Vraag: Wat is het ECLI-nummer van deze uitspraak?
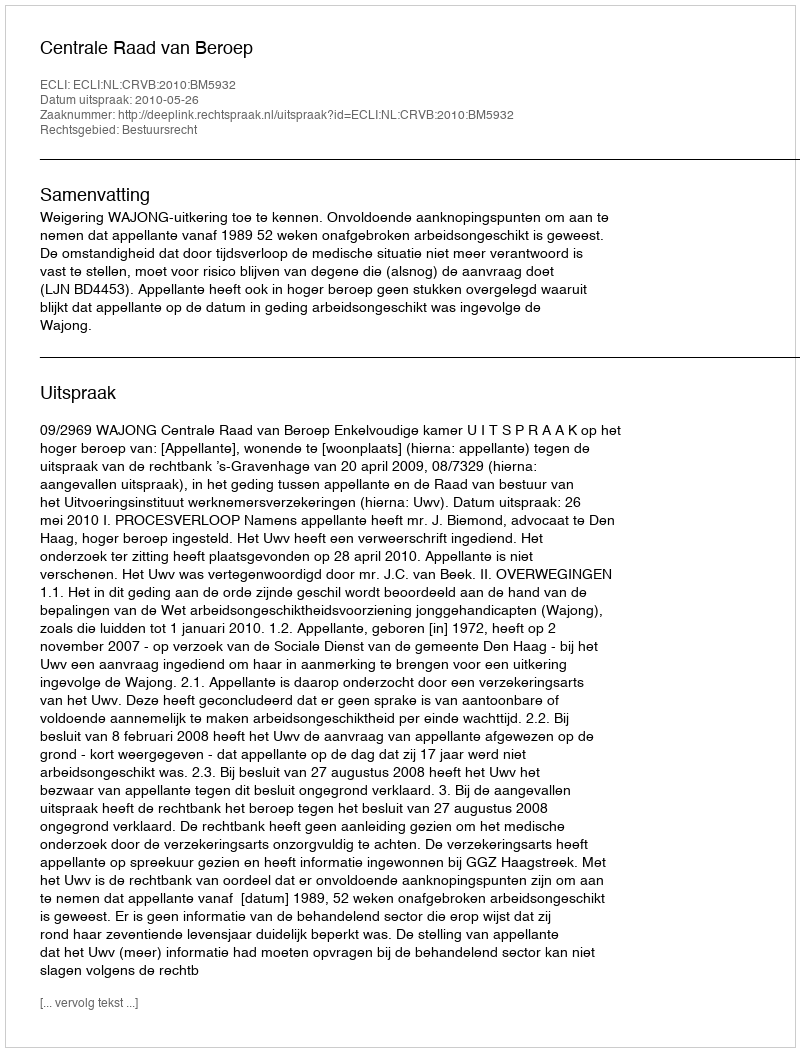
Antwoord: ECLI:NL:CRVB:2010:BM5932